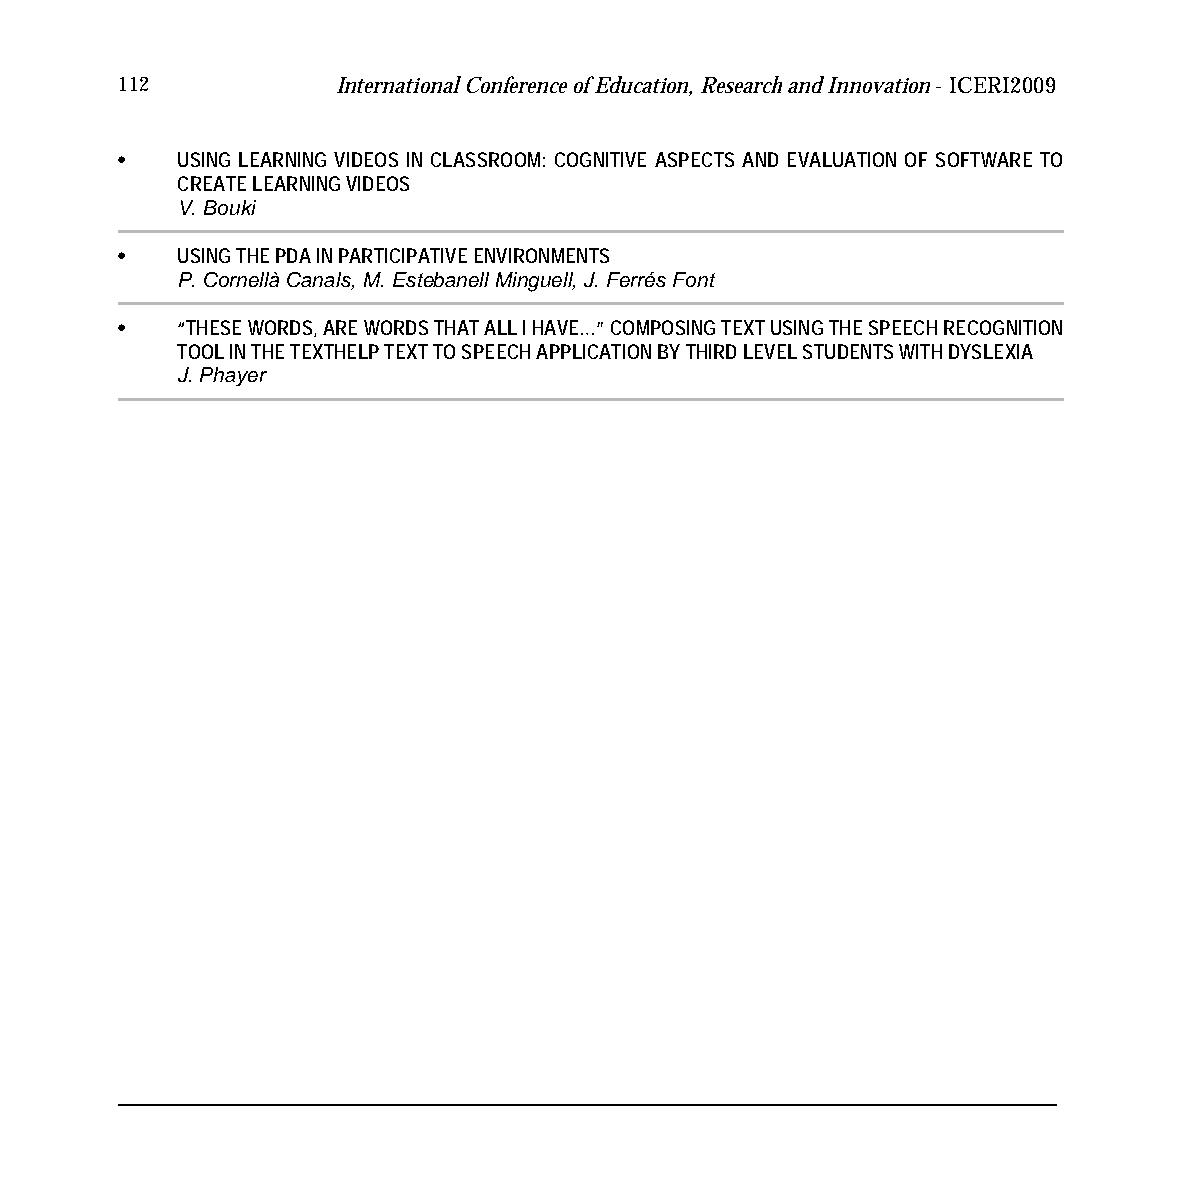
112           International Conference of Education, Research and Innovation - ICERI2009
 •   USING LEARNING VIDEOS IN CLASSROOM: COGNITIVE ASPECTS AND EVALUATION OF SOFTWARE TO
 CREATE LEARNING VIDEOS
 V. Bouki
 •   USING THE PDA IN PARTICIPATIVE ENVIRONMENTS
 P. Cornellà Canals, M. Estebanell Minguell, J. Ferrés Font
 •   “THESE WORDS, ARE WORDS THAT ALL I HAVE…” COMPOSING TEXT USING THE SPEECH RECOGNITION
 TOOL IN THE TEXTHELP TEXT TO SPEECH APPLICATION BY THIRD LEVEL STUDENTS WITH DYSLEXIA
 J. Phayer